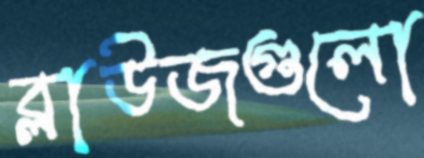
ব্লাউজগুলো